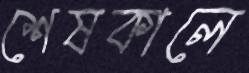
শেষকালে